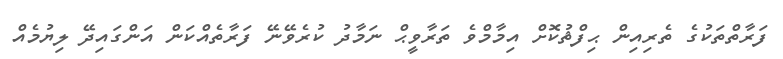
ފަރާތްތަކުގެ ތެރިއިން ޙިފްޘުކޮށް އިމާމްވެ ތަރާވީޙް ނަމާދު ކުރެވޭނޭ ފަރާތެއްކަން އަންގައިދޭ ލިޔުމެއް